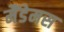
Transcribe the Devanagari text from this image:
मैंडेमस